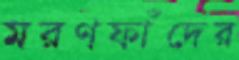
মরণফাঁদের